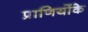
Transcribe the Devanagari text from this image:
प्राणियोंके